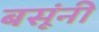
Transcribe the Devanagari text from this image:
बसूंनी